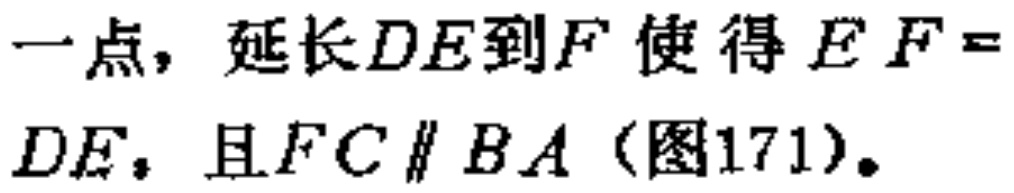
一点，延长\(DE\)到\(F\)使得\(EF = DE\)，且\(FC\parallel BA\)（图171）。